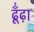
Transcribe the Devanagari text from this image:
ढूँंढ़ा